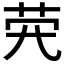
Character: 𦭂